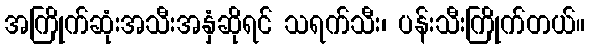
အကြိုက်ဆုံးအသီးအနှံဆိုရင် သရက်သီး၊ ပန်းသီးကြိုက်တယ်။